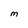
Character: M